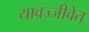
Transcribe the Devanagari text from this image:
यावज्जीवेत्‌